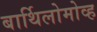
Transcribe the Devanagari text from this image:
बार्थिलोमोव्ह